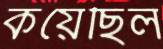
কয়েছিল